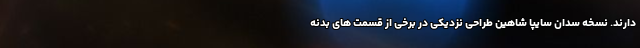
دارند. نسخه سدان سایپا شاهین طراحی نزدیکی در برخی از قسمت های بدنه